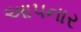
આપનાર